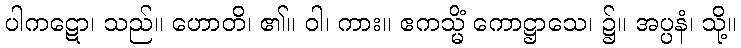
ပါကဋော၊ သည်။ ဟောတိ၊ ၏။ ဝါ၊ ကား။ ဧကသ္မိံ ကောဋ္ဌာသေ၊ ၌။ အပ္ပနံ၊ သို့။